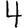
Digit: 4